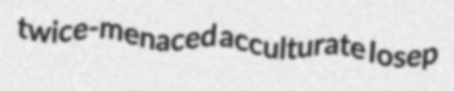
twice-menaced acculturate Iosep